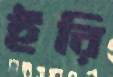
ইরি